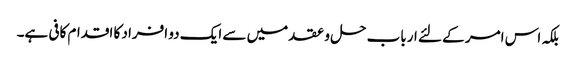
بلکہ اس امر کے لئے ارباب حل و عقد میں سے ایک دو افراد کا اقدام کافی ہے۔